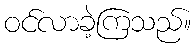
ဝင်လာခဲ့ကြသည်။